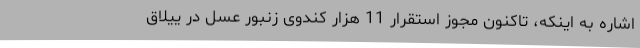
اشاره به اینکه، تاکنون مجوز استقرار 11 هزار کندوی زنبور عسل در ییلاق